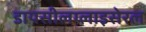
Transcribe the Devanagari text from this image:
डायसीलग्लाइसेरल